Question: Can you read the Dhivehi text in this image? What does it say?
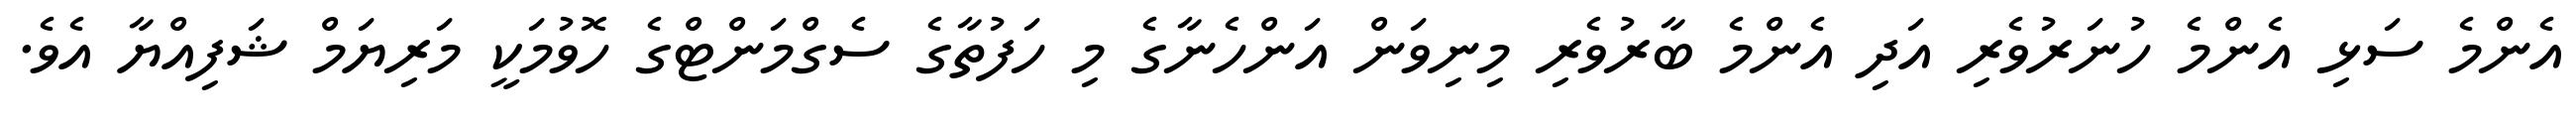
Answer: އެންމެ ސަޅި އެންމެ ހުނަރުވެރި އަދި އެންމެ ބާރުވެރި މިނިވަން އަންހެނާގެ މި ހަފުތާގެ ސެގްމަންޓްގެ ހޮވުމަކީ މަރިޔަމް ޝަފިއްޔާ އެވެ.